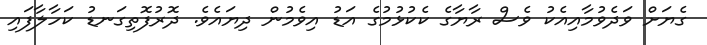
ގެޔަށް ވަދެވުމާއިއެކު ވެސް ރާޔާގެ ކެކުޅުމުގެ އަޑު އިވެމުން ދިޔައެވެ. ދޮރުފޮތިގަނޑު ކަހާލާފައި